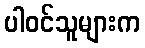
ပါဝင်သူများက